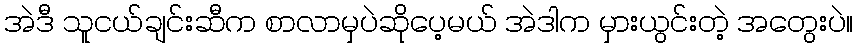
အဲဒီ သူငယ်ချင်းဆီက စာလာမှပဲဆိုပေ့မယ် အဲဒါက မှားယွင်းတဲ့ အတွေးပဲ။